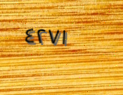
٤٢٧١